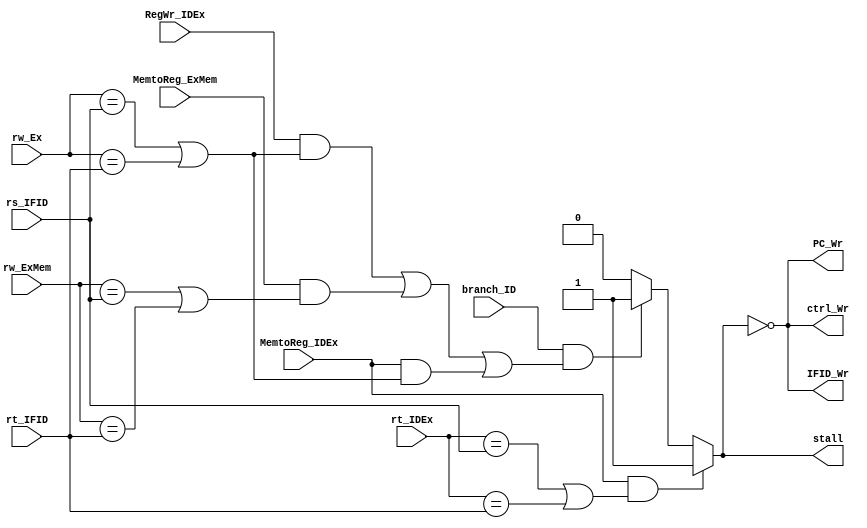
module HazardDetectionUnit(rs_IFID, rt_IFID, rt_IDEx, rw_Ex, rw_ExMem, RegWr_IDEx, MemtoReg_IDEx, MemtoReg_ExMem, branch_ID, stall, PC_Wr, IFID_Wr, ctrl_Wr);
	input [4:0] rs_IFID, rt_IFID, rt_IDEx, rw_Ex, rw_ExMem;
	input RegWr_IDEx, MemtoReg_IDEx, MemtoReg_ExMem, branch_ID;

	output PC_Wr, IFID_Wr, ctrl_Wr, stall;

	reg stall;

	always @(*)
	begin
		//load use hazard
		if(MemtoReg_IDEx && ((rt_IDEx == rs_IFID) || (rt_IDEx == rt_IFID)))
		begin
			stall <= 1'b1;
		end
		//branch hazard
		else if(branch_ID && ( (RegWr_IDEx && (rw_Ex == rs_IFID || rw_Ex == rt_IFID))
							|| (MemtoReg_ExMem && (rw_ExMem == rs_IFID || rw_ExMem == rt_IFID))
							|| (MemtoReg_IDEx && (rw_Ex == rs_IFID || rw_Ex == rt_IFID)))) 
		begin
			stall <= 1'b1;
		end
		else 
		begin
			stall <= 1'b0;
		end
	end

	assign PC_Wr = ~stall;
	assign IFID_Wr = ~stall;
	assign ctrl_Wr = ~stall;
endmodule // HazardDetectionUnit